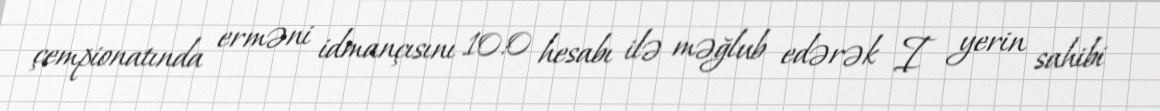
çempionatında erməni idmançısını 10:0 hesabı ilə məğlub edərək I yerin sahibi